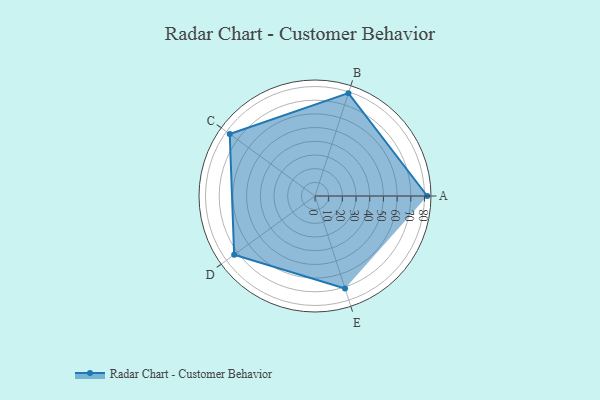
{"axis": {"x": "Skill", "y": "Score"}, "legend": ["Profile"], "data": [{"x": "A", "y": 82.0, "type": "Profile"}, {"x": "B", "y": 79.0, "type": "Profile"}, {"x": "C", "y": 77.0, "type": "Profile"}, {"x": "D", "y": 73.0, "type": "Profile"}, {"x": "E", "y": 71.0, "type": "Profile"}]}